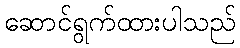
ဆောင်ရွက်ထားပါသည်